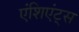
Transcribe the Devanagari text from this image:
एंशिएंट्स